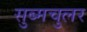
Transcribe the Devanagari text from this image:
सुब्मचुलर